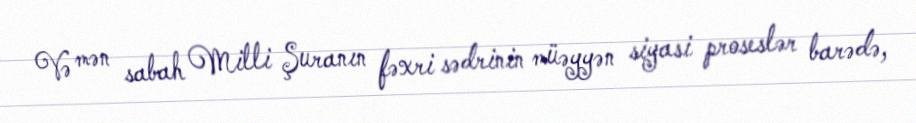
Və mən sabah Milli Şuranın fəxri sədrinin müəyyən siyasi proseslər barədə,